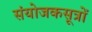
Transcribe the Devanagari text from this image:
संयोजकसूत्रों